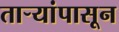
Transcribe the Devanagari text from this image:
तार्‍यांपासून